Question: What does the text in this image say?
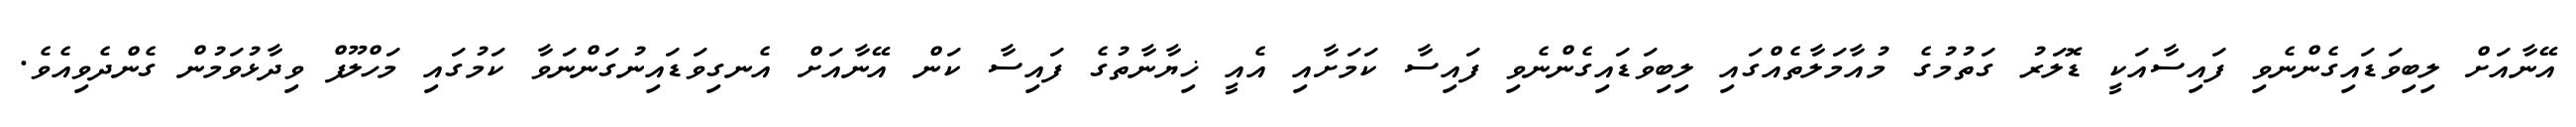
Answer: އޭނާއަށް ލިބިވަޑައިގެންނެވި ފައިސާއަކީ ޑޮލަރު ގަތުމުގެ މުއާމަލާތެއްގައި ލިބިވަޑައިގެންނެވި ފައިސާ ކަމަށާއި އެއީ ޚިޔާނާތުގެ ފައިސާ ކަން އޭނާއަށް އެނގިވަޑައިނުގަންނަވާ ކަމުގައި މަހްލޫފް ވިދާޅުވަމުން ގެންދެވިއެވެ.